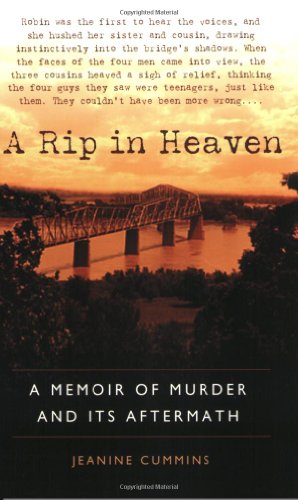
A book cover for A Rip in Heaven: A Memoir of Murder And Its Aftermath; Jeanine Cummins; Biographies & Memoirs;